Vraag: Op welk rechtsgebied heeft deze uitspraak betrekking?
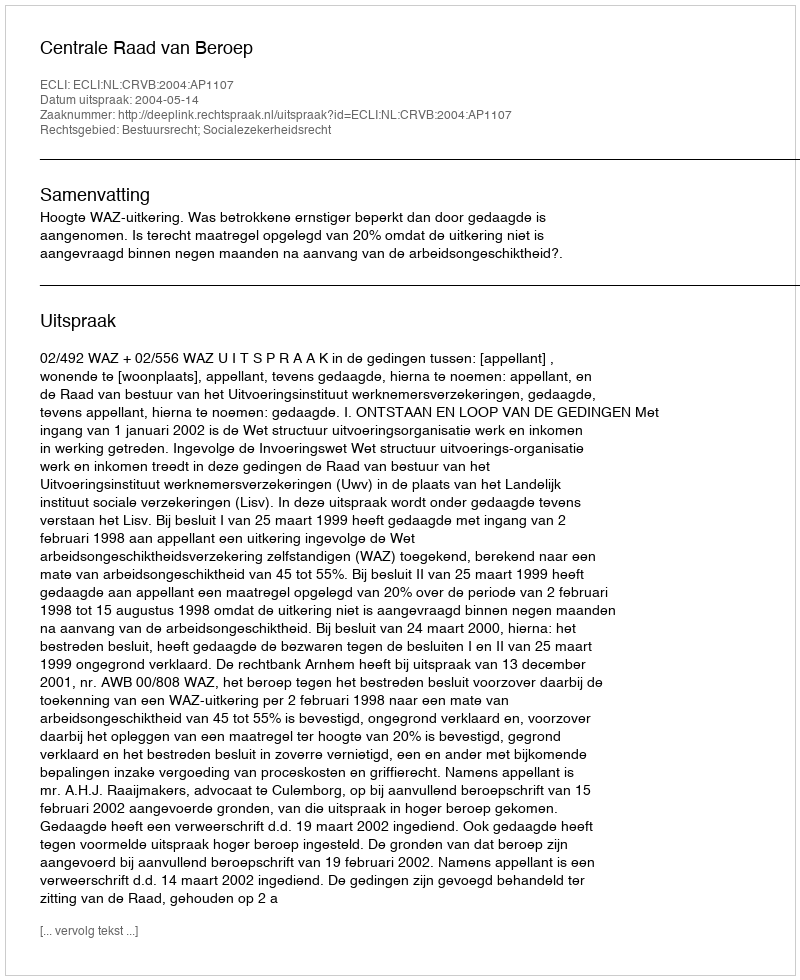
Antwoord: Bestuursrecht; Socialezekerheidsrecht